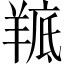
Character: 𮊭